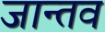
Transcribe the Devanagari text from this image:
जान्तव